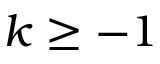
k \geq - 1